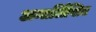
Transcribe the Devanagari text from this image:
अन्तर्लिखित